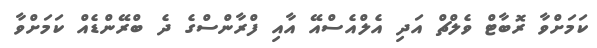
ކަމަށްވާ ރޮބާޓް ވެލްޗް އަދި އެލްއެސްއޭ އާއި ފްރާންސްގެ ދެ ބްރޭންޑެއް ކަމަށްވާ